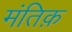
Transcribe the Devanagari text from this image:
मंतिक़